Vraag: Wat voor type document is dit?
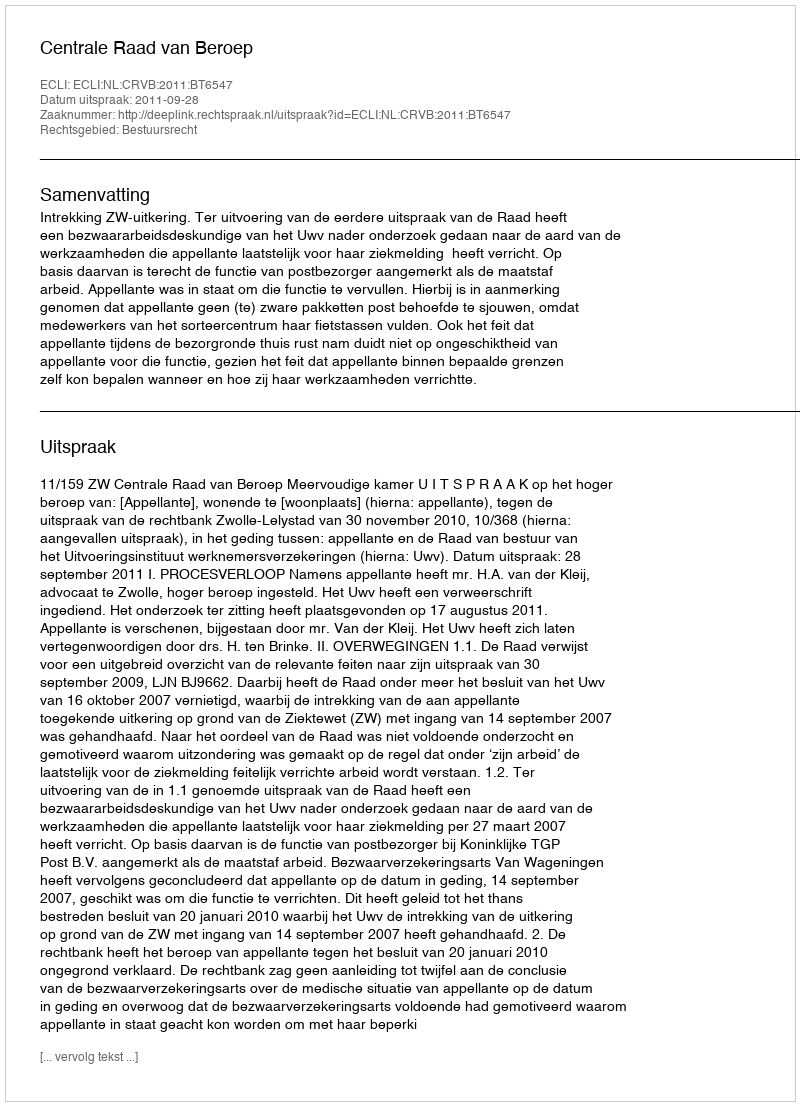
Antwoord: Uitspraak